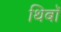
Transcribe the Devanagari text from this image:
थिबॉ